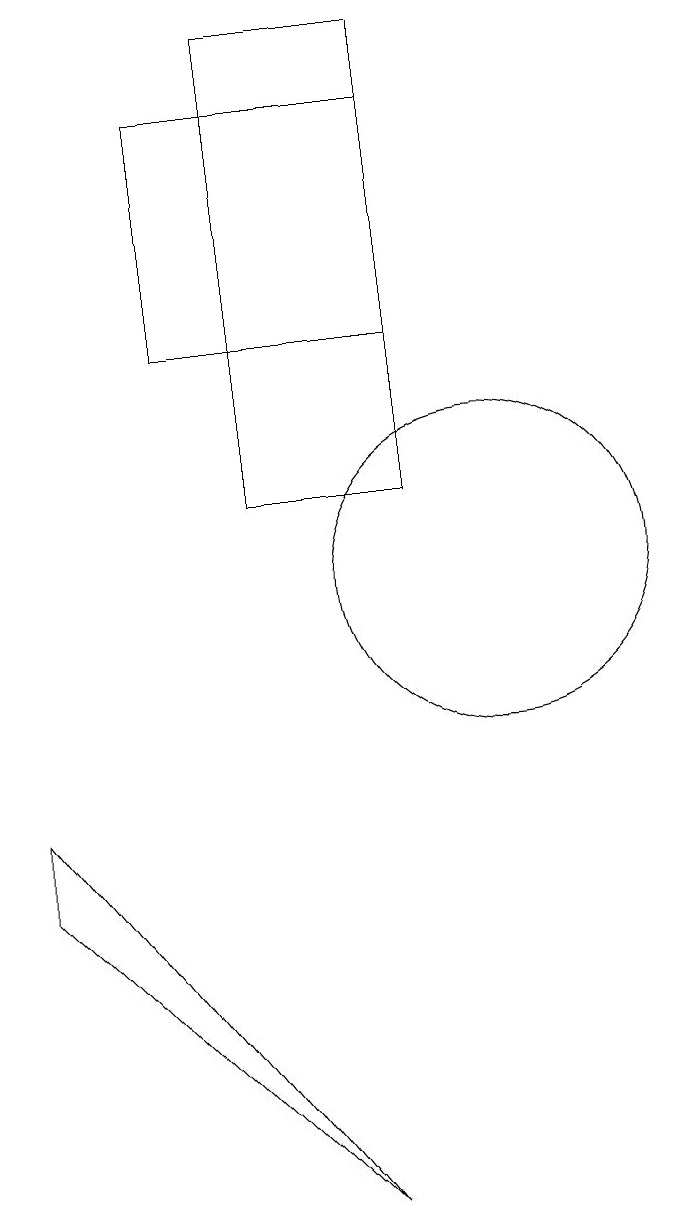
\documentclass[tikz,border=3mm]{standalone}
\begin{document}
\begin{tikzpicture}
\draw (4,8) -- (8,3) -- (4,7) -- cycle;
\draw (9,17) rectangle (6,14);
\draw (10,11) circle (2);
\draw (7,12) rectangle (9,18);
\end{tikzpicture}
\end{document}